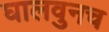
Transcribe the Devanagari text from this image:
घालवुनच